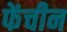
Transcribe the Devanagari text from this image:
फेंचीन